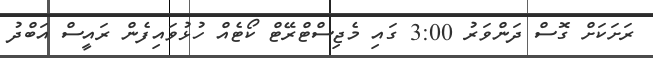
ރަށަކަށް ގޮސް ދަންވަރު 3:00 ގައި މެޖިސްޓްރޭޓް ކޯޓެއް ހުޅުވައިފެން ރައީސް އަބްދު